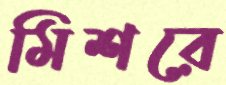
মিশরে